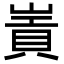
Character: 𡻃